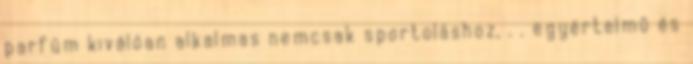
parfüm kiválóan alkalmas nemcsak sportoláshoz, . . egyértelmû és